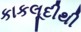
કાકલૂદીથી